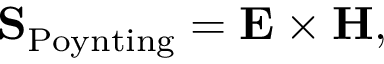
\begin{array} { r } { { \bf S } _ { \mathrm { P o y n t i n g } } = { \bf E } \times { \bf H } , } \end{array}